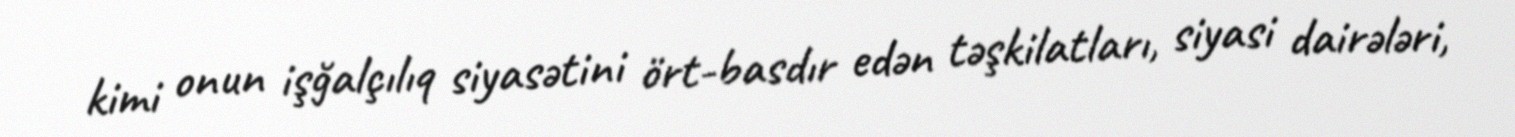
kimi onun işğalçılıq siyasətini ört-basdır edən təşkilatları, siyasi dairələri,